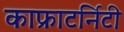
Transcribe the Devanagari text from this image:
काफ्राटर्निटी